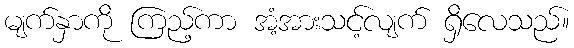
မျက်နှာကို ကြည့်ကာ အံ့အားသင့်လျက် ရှိလေသည်။